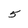
Character: 5